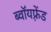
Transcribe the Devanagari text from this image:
ब्वॉयफ़्रेंड